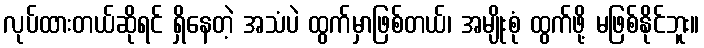
လုပ်ထားတယ်ဆိုရင် ရှိနေတဲ့ အသံပဲ ထွက်မှာဖြစ်တယ်၊ အမျိုးစုံ ထွက်ဖို့ မဖြစ်နိုင်ဘူး။